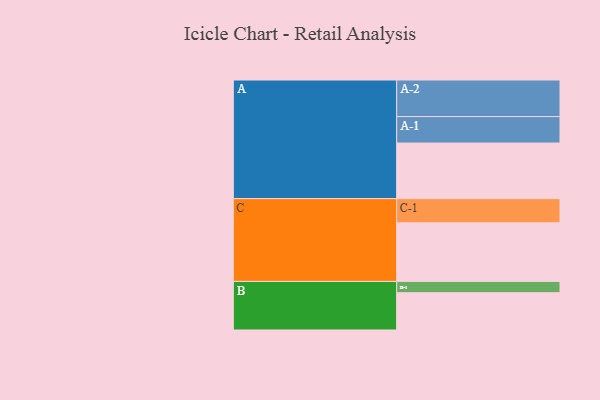
{"axis": {"x": "Segment", "y": "Value"}, "legend": ["", "A", "B", "C"], "data": [{"x": "A", "y": 450, "type": ""}, {"x": "B", "y": 302, "type": ""}, {"x": "C", "y": 474, "type": ""}, {"x": "A-1", "y": 214, "type": "A"}, {"x": "A-2", "y": 296, "type": "A"}, {"x": "B-1", "y": 91, "type": "B"}, {"x": "C-1", "y": 196, "type": "C"}]}